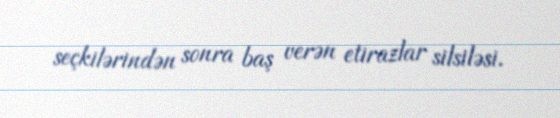
seçkilərindən sonra baş verən etirazlar silsiləsi.